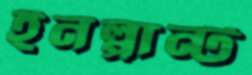
ইনপ্লান্ট